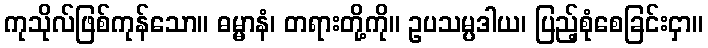
ကုသိုလ်ဖြစ်ကုန်သော။ ဓမ္မာနံ၊ တရားတို့ကို။ ဥပသမ္ပဒါယ၊ ပြည့်စုံစေခြင်းငှာ။